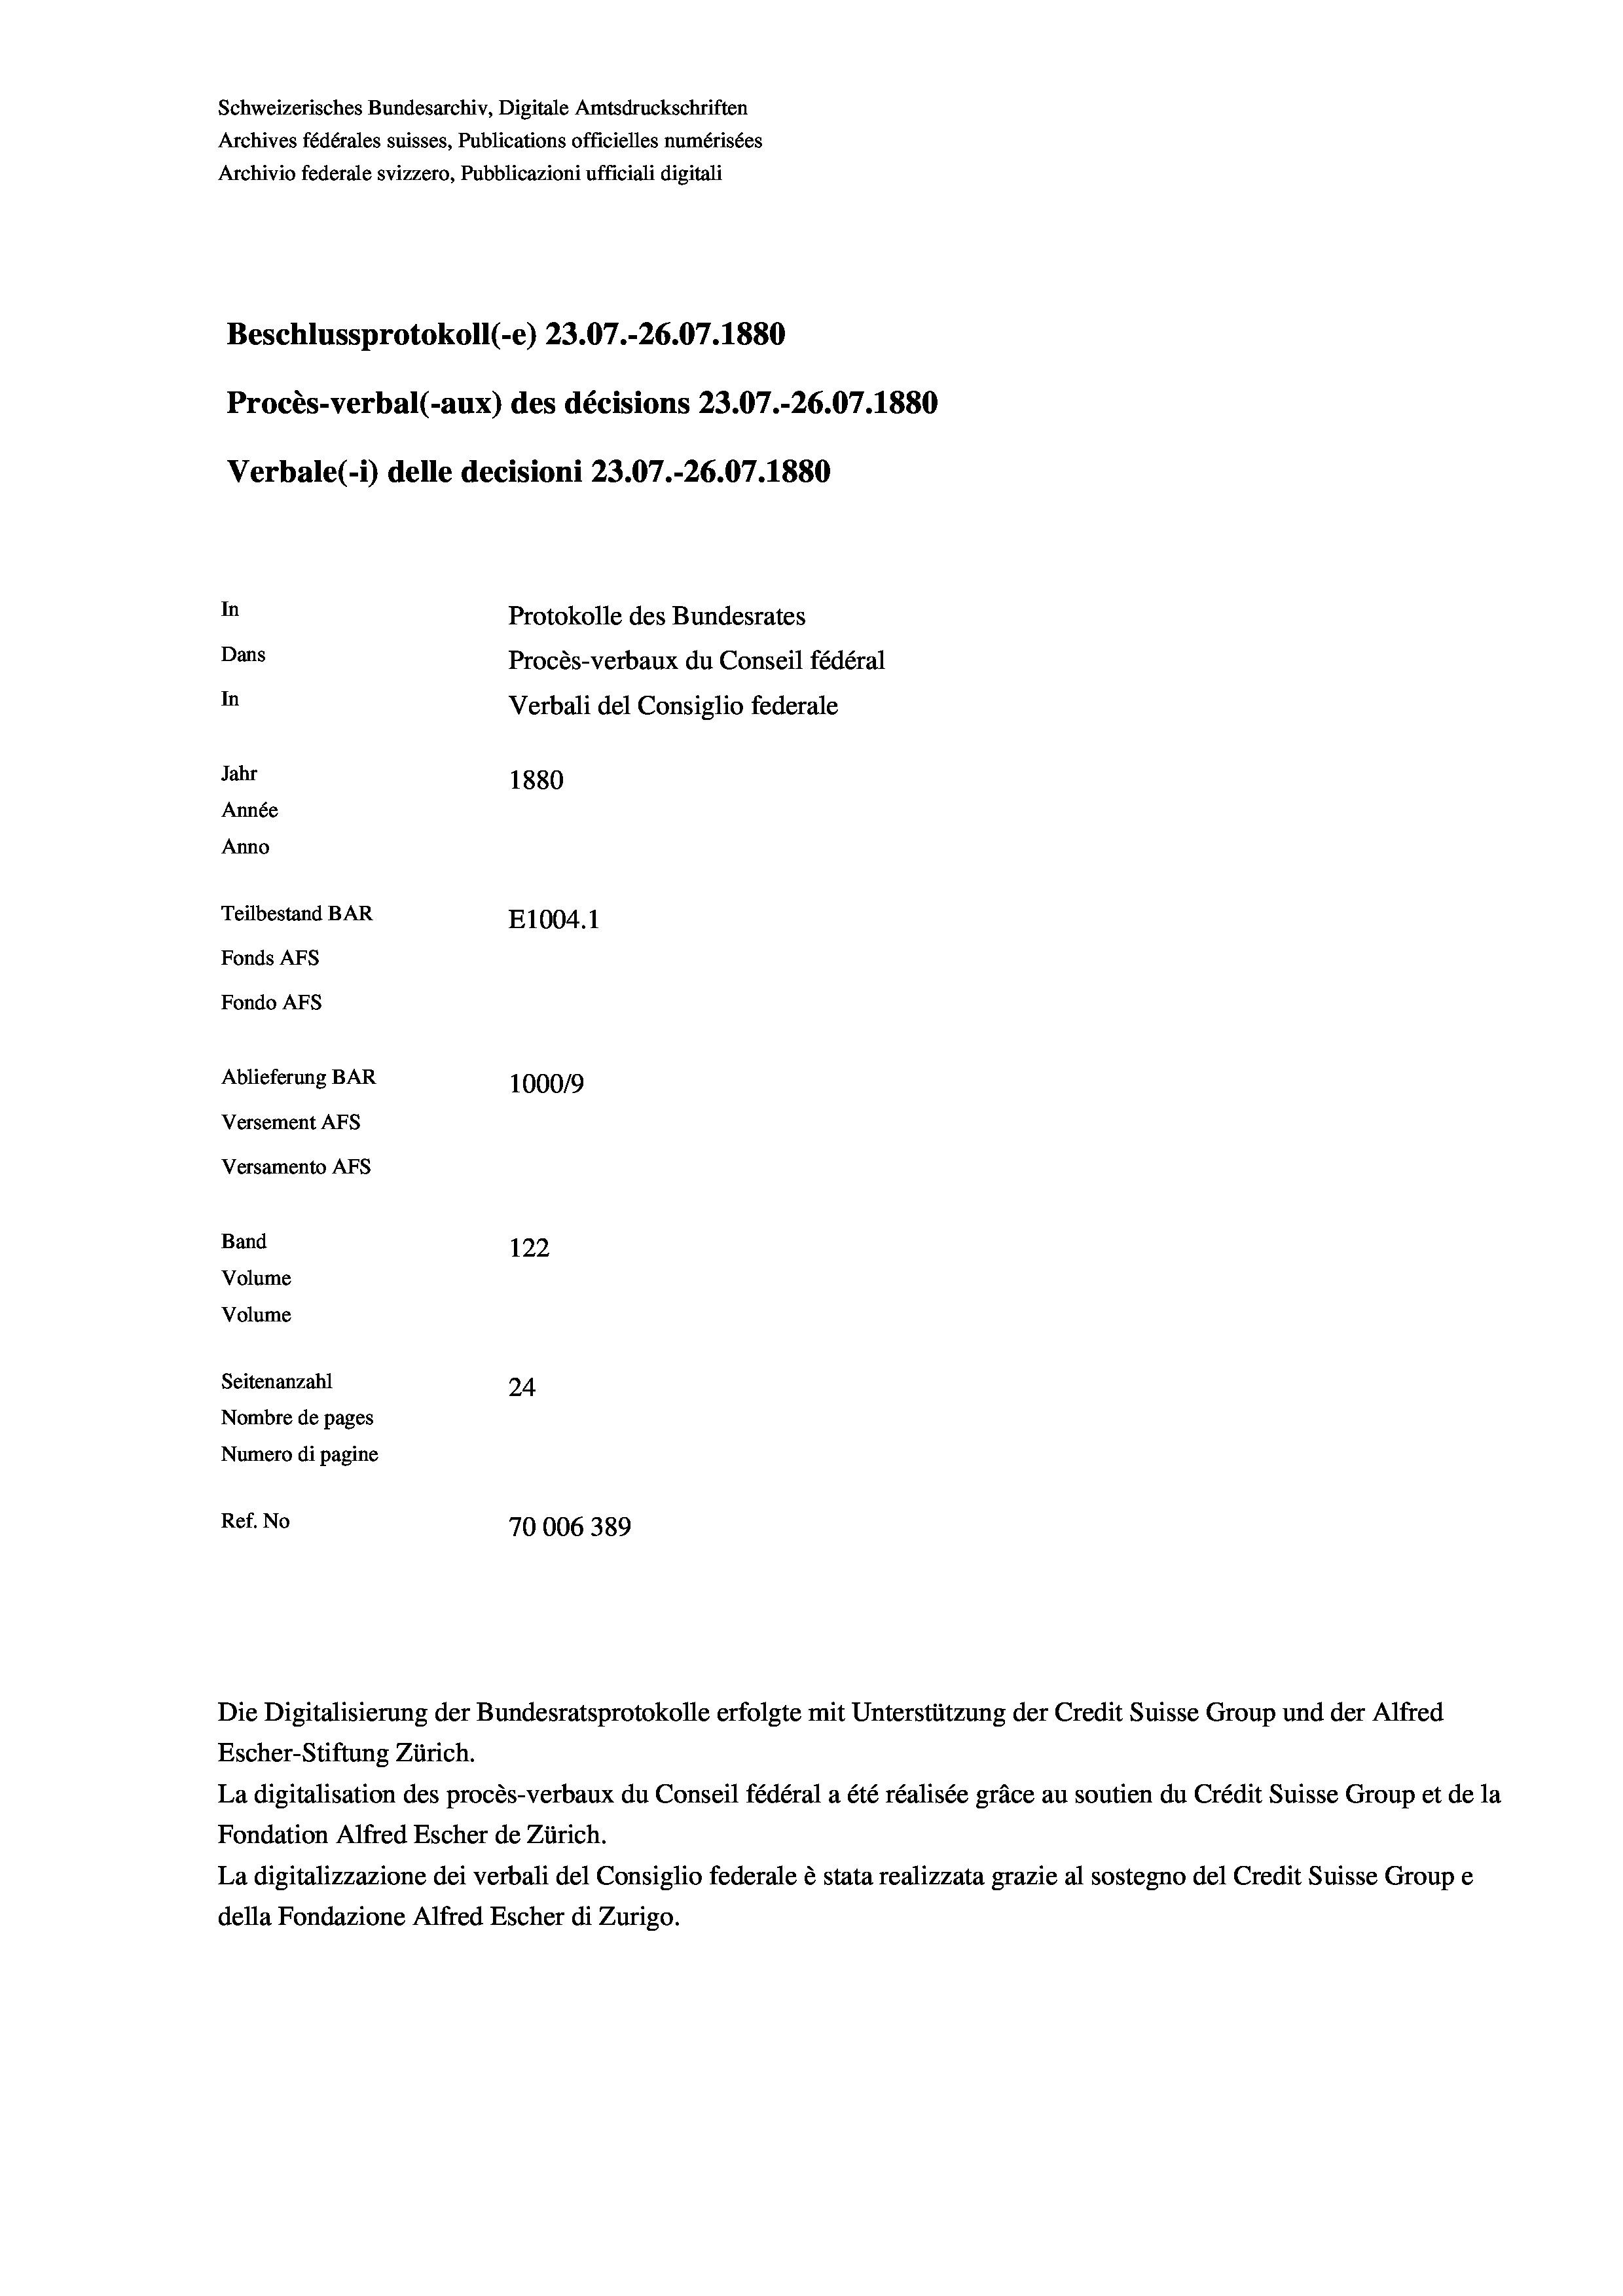
Schweizerisches Bundesarchiv, Digitale Amtsdruckschriften
Archives fédérales suisses, Publications officielles numérisées
Archivio federale svizzero, Pubblicazioni ufficiali digitali
Beschlussprotokoll (-e) 23.07.-26.07. 1880
Procès-verbal (-aux) des décisions 23.07.-26.07. 1880
Verbale(1) delle decisioni 23.07.-26.07. 1880
In
Protokolle des Bundesrates
Dans
Procès-verbaux du Conseil fédéral
In
Verbali del Consiglio federale
Jahr
1880
Année
Anno
Teilbestand BAR
E1004.1
Fonds AFs
Fondo AFs
Ablieferung BAR
100019
Versement AFs
Versamento AFS

122
24
Nombre de pages
Numero di pagine
Ref. No
70006389

Band
Volume
Volume

Seitenanzahl

Die Digitalisierung der Bundesratsprotokolle erfolgte mit Unterstützung der Credit Suisse Group und der Alfred
Escher-Stiftung Zürich.
La digitalisation des procès-verbaux du Conseil fédéral a été réalisée gräce au soutien du Crédit Suisse Group et de la
Fondation Alfred Escher de Zürich.
La digitalizzazione dei verbali del Consiglio federale è stata realizzata grazie al sostegno del Credit Suisse Groupe
della Fondazione Alfred Escher di Zurigo.